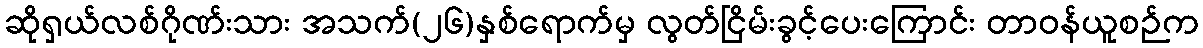
ဆိုရှယ်လစ်ဂိုဏ်းသား အသက်(၂၆)နှစ်ရောက်မှ လွတ်ငြိမ်းခွင့်ပေးကြောင်း တာဝန်ယူစဉ်က